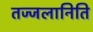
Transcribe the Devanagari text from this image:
तज्जलानिति